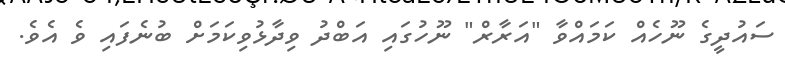
ސައުދީގެ ނޫހެއް ކަމައްވާ "އަރާރް" ނޫހުގައި އަބްދު ވިދާޅުވިކަމަށް ބުނެފައި ވެ އެވެ.